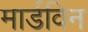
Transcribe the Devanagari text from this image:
मार्डविन